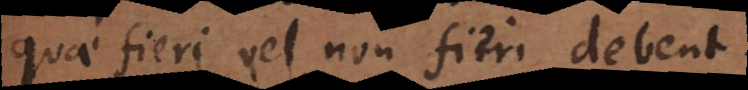
quae fieri vel non fieri debent